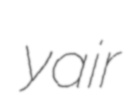
yair